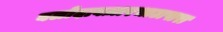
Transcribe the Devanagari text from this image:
बलोदाबज़ारभाटापारा